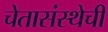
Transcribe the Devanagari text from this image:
चेतासंस्थेची